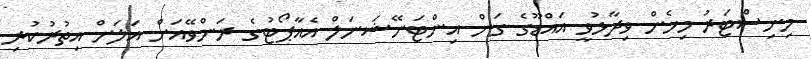
މިނިސްޓަރު މިހެން ވިދާޅުވީ އައްޑޫގެ ގަން އިންޓަނޭޝަނަލް އެއާޕޯޓުގެ ރަންވޭއަށް އަަލަށް އިތުރުކުރި